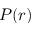
P ( r )